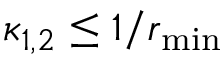
\kappa _ { 1 , 2 } \leq 1 / r _ { \mathrm { m i n } }